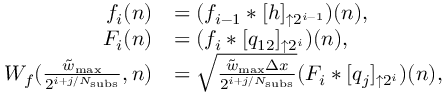
\begin{array} { r l } { f _ { i } ( n ) } & { = ( f _ { i - 1 } * [ h ] _ { \uparrow 2 ^ { i - 1 } } ) ( n ) , } \\ { F _ { i } ( n ) } & { = ( f _ { i } * [ q _ { 1 2 } ] _ { \uparrow 2 ^ { i } } ) ( n ) , } \\ { W _ { f } ( \frac { \tilde { w } _ { \mathrm { m a x } } } { 2 ^ { i + j / N _ { \mathrm { s u b s } } } } , n ) } & { = \sqrt { \frac { \tilde { w } _ { \mathrm { m a x } } \Delta x } { 2 ^ { i + j / N _ { \mathrm { s u b s } } } } } ( F _ { i } * [ q _ { j } ] _ { \uparrow 2 ^ { i } } ) ( n ) , } \end{array}